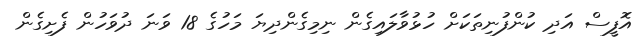
އޮފީސް އަދި ކުންފުނިތަކަށް ހުޅުވާލައިގެން ނިމިގެންދިޔަ މަހުގެ 18 ވަނަ ދުވަހުން ފެށިގެން